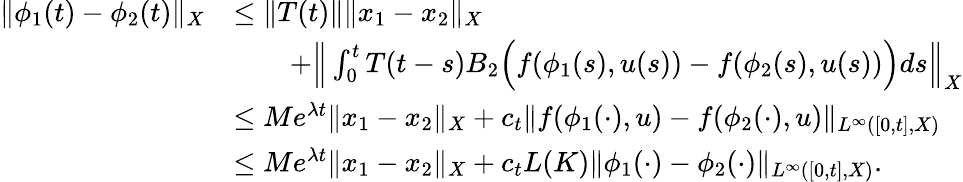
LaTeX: \begin{array}{rl}{\| \phi_{1}(t)-\phi_{2}(t)\| _{X}}&{\leq\| T(t)\| \| x_{1}-x_{2}\| _{X}}\\ &{\qquad+\Big\| \int_{0}^{t}T(t-s)B_{2}\Big(f(\phi_{1}(s),u(s))-f(\phi_{2}(s),u(s))\Big)ds\Big\| _{X}}\\ &{\leq Me^{\lambda t}\| x_{1}-x_{2}\| _{X}+c_{t}\| f(\phi_{1}(\cdot),u)-f(\phi_{2}(\cdot),u)\| _{L^{\infty}([0,t],X)}}\\ &{\leq Me^{\lambda t}\| x_{1}-x_{2}\| _{X}+c_{t}L(K)\| \phi_{1}(\cdot)-\phi_{2}(\cdot)\| _{L^{\infty}([0,t],X)}.}\end{array}